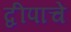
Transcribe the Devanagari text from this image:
द्वीपाचे